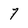
Character: 7